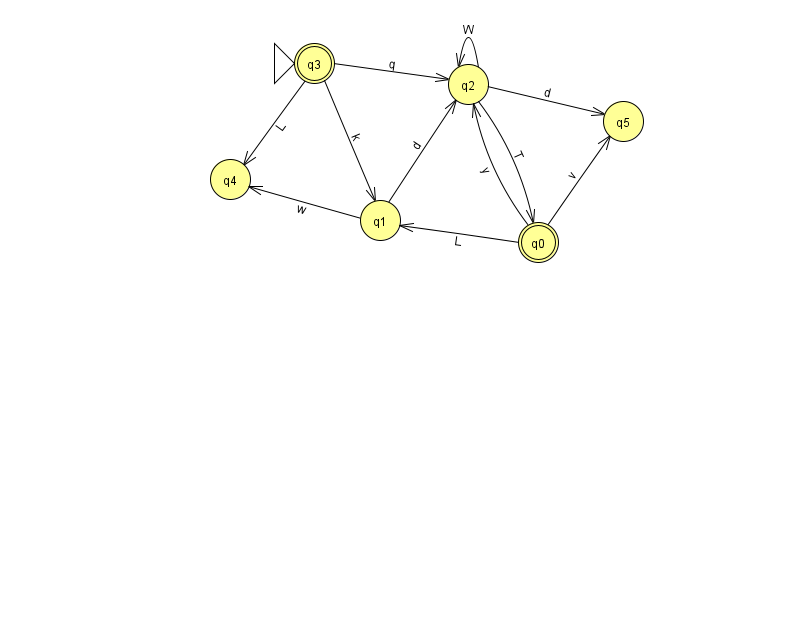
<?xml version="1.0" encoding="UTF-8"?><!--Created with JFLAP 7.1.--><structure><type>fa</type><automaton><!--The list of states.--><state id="0" name="q0"><x>538.0</x><y>229.0</y><final/></state><state id="1" name="q1"><x>380.0</x><y>207.0</y></state><state id="2" name="q2"><x>468.0</x><y>71.0</y></state><state id="3" name="q3"><x>314.0</x><y>50.0</y><initial/><final/></state><state id="4" name="q4"><x>230.0</x><y>166.0</y></state><state id="5" name="q5"><x>623.0</x><y>108.0</y></state><!--The list of transitions.--><transition><from>0</from><to>1</to><read>L</read></transition><transition><from>1</from><to>4</to><read>w</read></transition><transition><from>0</from><to>5</to><read>v</read></transition><transition><from>2</from><to>5</to><read>d</read></transition><transition><from>2</from><to>0</to><read>T</read></transition><transition><from>2</from><to>2</to><read>W</read></transition><transition><from>1</from><to>2</to><read>d</read></transition><transition><from>0</from><to>2</to><read>y</read></transition><transition><from>3</from><to>2</to><read>q</read></transition><transition><from>3</from><to>1</to><read>k</read></transition><transition><from>3</from><to>4</to><read>L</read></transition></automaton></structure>